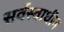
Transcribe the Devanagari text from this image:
सर्वस्वाधीन